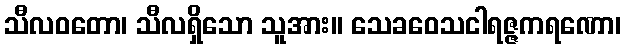
သီလဝတော၊ သီလရှိသော သူအား။ သေခဝေသငါရဇ္ဇကရဏော၊